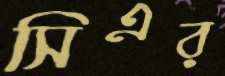
সিএর